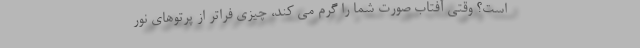
است؟ وقتی آفتاب صورت شما را گرم می کند، چیزی فراتر از پرتوهای نور